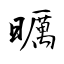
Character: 曞